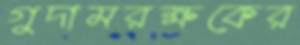
গুদামরক্ষকের